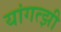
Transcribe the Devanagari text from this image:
यांगत्झी